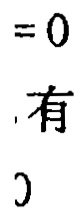
$=0$
,有
)